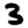
Digit: 3